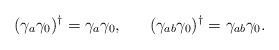
LaTeX: \begin{align*}(\gamma_a \gamma_0)^\dagger = \gamma_a \gamma_0, \ \ \ \ \ (\gamma_{ab} \gamma_0)^\dagger = \gamma_{ab} \gamma_0.\end{align*}